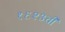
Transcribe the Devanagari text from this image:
१६२३ची